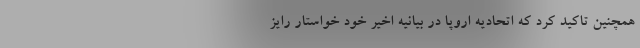
همچنین تاکید کرد که اتحادیه اروپا در بیانیه اخیر خود خواستار رایز